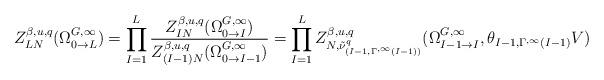
LaTeX: \begin{align*}Z^{\beta,u,q}_{LN}(\Omega_{0\to L}^{G,\infty}) = \prod_{I=1}^L\frac{Z^{\beta,u,q}_{IN}(\Omega_{0\to I}^{G,\infty})} {Z^{\beta,u,q}_{(I-1)N}(\Omega_{0\to I-1}^{G,\infty})} =\prod_{I=1}^L Z^{\beta, u, q}_{N, \tilde{\nu}^q_{(I-1,\Gamma^{,\infty}(I-1))}} (\Omega_{I-1\to I}^{G,\infty},\theta_{I-1,\Gamma^{,\infty}(I-1)} V)\end{align*}